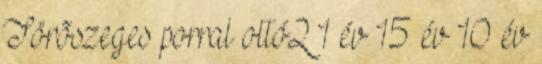
Törõszeges porral oltó2 1 év 15 év 10 év